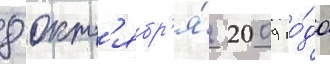
8 окт'ябр'я́ 2009 го́да